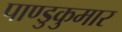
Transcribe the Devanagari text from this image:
पाण्डुकुमार